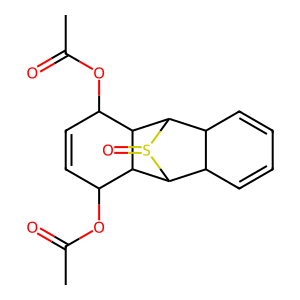
SMILES: CC(=O)OC1C=CC(OC(C)=O)C2C1C1C3C=CC=CC3C2S1=O
Inhibits HIV replication: No